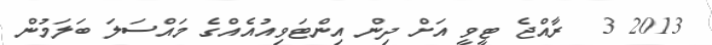
2013 3  ރާއްޖެ ޓީވީ އަށް ދިން އިންޓަވިއުއެއްގެ މައްސަލަ ބަލަމުން